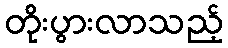
တိုးပွားလာသည့်